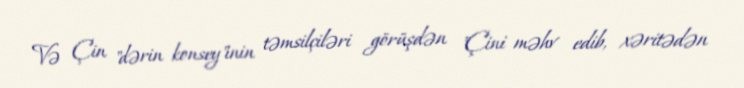
Və Çin "dərin konsey"inin təmsilçiləri görüşdən "Çini məhv edib, xəritədən